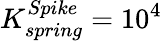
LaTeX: K_{spring}^{Spike}=10^{4}